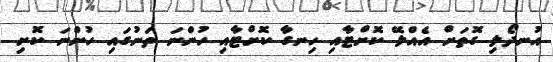
އުނދޯލި ގޮތަށް އެއްލޭ ކޮށްޓާއި ހިނގާ ކޮށްޓާއި ހުންނަ ތަނުގައި ހުންނަ ކޮށި